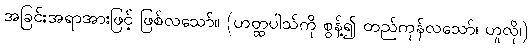
အခြင်းအရာအားဖြင့် ဖြစ်လသော်။ (ဟတ္ထပါသ်ကို စွန့်၍ တည်ကုန်လသော်၊ ဟူလို၊)